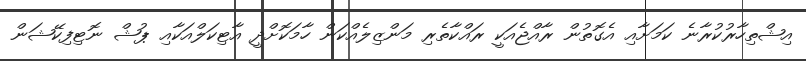
އިޝްތިހާރުކުރާނެ ކަމަށާއި އެގޮތުން ރާއްޖެއަކީ ރައްކާތެރި މަންޒިލެއްކަން ހާމަކޮށްދީ އާޓިކަލްއަކާއި ޕުޝް ނޮޓިފިކޭޝަން